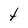
Character: t